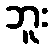
ဘူး